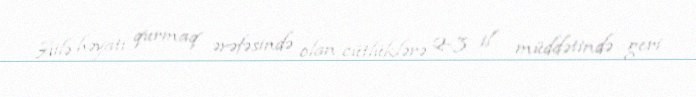
Ailə həyatı qurmaq ərəfəsində olan cütlüklərə 2-3 il müddətində geri